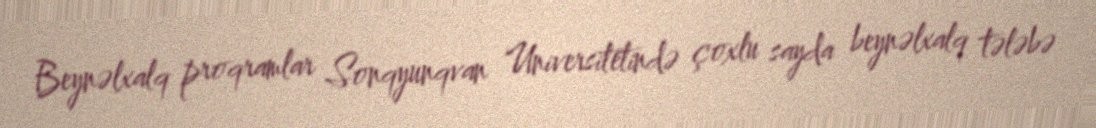
Beynəlxalq proqramlar Sonqyunqvan Universitetində çoxlu sayda beynəlxalq tələbə